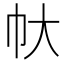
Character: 𢁖